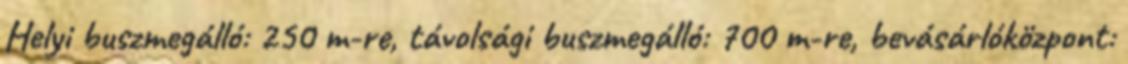
Helyi buszmegálló: 250 m-re, távolsági buszmegálló: 700 m-re, bevásárlóközpont: